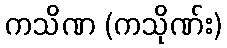
ကသိဏ (ကသိုဏ်း)